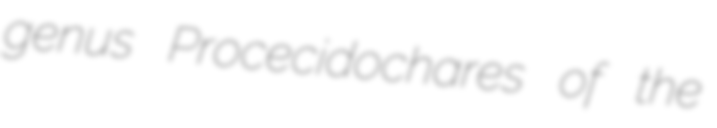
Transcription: genus Procecidochares of the